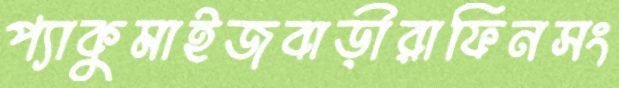
প্যাকুমাইজবাড়ীরাফিনসং